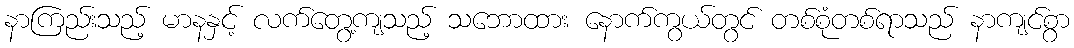
နာကြည်းသည့် မာနနှင့် လက်တွေ့ကျသည့် သဘောထား နောက်ကွယ်တွင် တစ်စုံတစ်ရာသည် နာကျင်စွာ